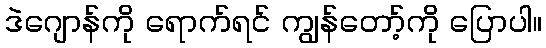
ဒဲဂျောန်ကို ရောက်ရင် ကျွန်တော့်ကို ပြောပါ။